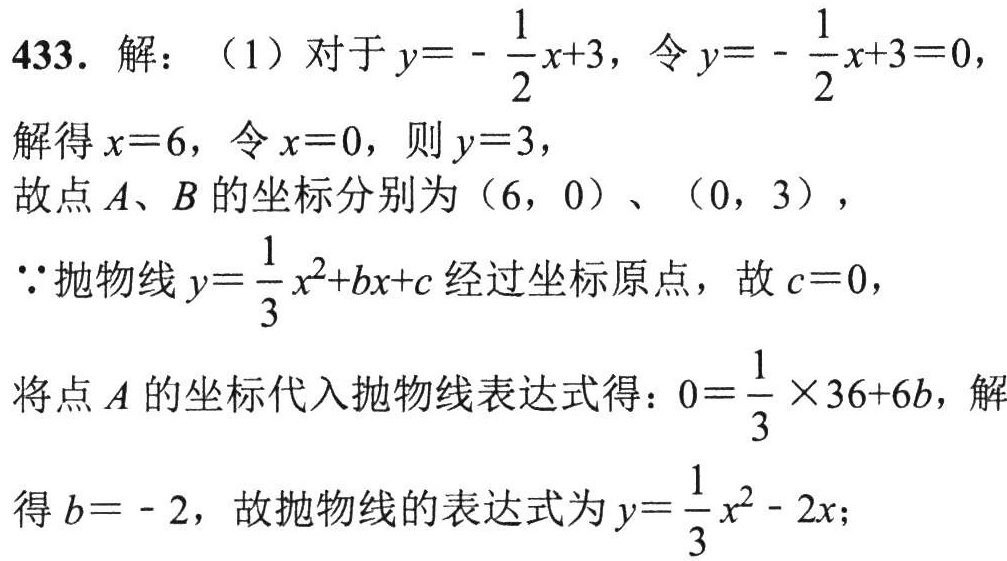
433. 解：（1）对于 \(y = -\dfrac{1}{2}x + 3\)，令 \(y=-\dfrac{1}{2}x + 3 = 0\)，
解得 \(x = 6\)，令 \(x = 0\)，则 \(y = 3\)，
故点 \(A\)、\(B\) 的坐标分别为 \((6,0)\)、\((0,3)\)，
\(\because\)抛物线 \(y=\dfrac{1}{3}x^{2}+bx + c\) 经过坐标原点，故 \(c = 0\)，
将点 \(A\) 的坐标代入抛物线表达式得：\(0=\dfrac{1}{3}\times36 + 6b\)，解得 \(b=-2\)，故抛物线的表达式为 \(y=\dfrac{1}{3}x^{2}-2x\)；